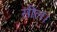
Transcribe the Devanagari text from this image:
सील।